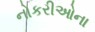
નોકરીઓના